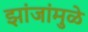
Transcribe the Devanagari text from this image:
झांजांमुळे